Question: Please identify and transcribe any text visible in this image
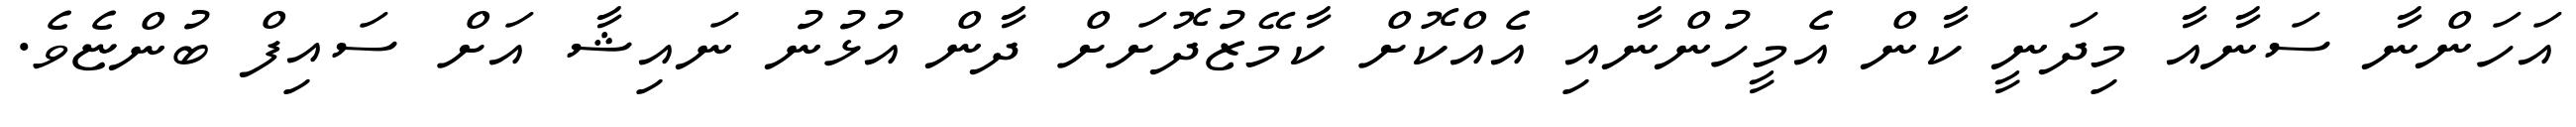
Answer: އަހަންނާ ސަނާއާ މިދަނީ ކާން އެމީހުންނާއި އެއްކޮށް ކާމޭޒުދޮށަށް ދާން އުޅުނު ނައިޝާ އަށް ސައިފް ބުންޏެވެ.